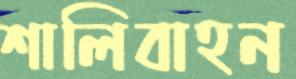
শালিবাহন